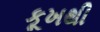
કૂખથી